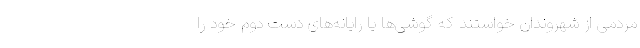
مردمی از شهروندان خواستند که گوشی‌ها یا رایانه‌های دست دوم خود را